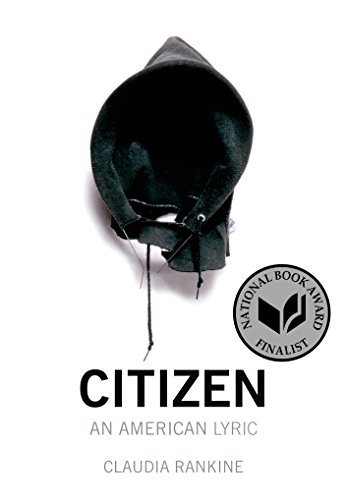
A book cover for Citizen: An American Lyric; Claudia Rankine; Literature & Fiction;